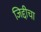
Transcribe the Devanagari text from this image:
जिद्दीचा